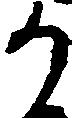
か